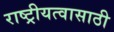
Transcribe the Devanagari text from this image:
राष्ट्रीयत्वासाठी